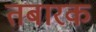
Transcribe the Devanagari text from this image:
तबारक